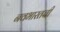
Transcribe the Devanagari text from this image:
नवभारतची